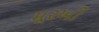
મૂરખી